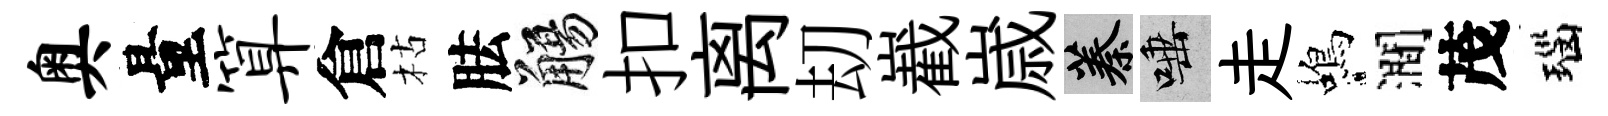
奥量算倉枯胠觴扣离刧嶻𡻕蓁唾走蝎澗茂瑙